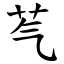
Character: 芞